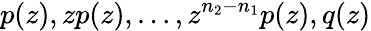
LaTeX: p(z),zp(z),\ldots,z^{n_{2}-n_{1}}p(z),q(z)